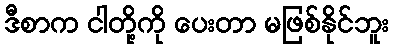
ဒီစာက ငါတို့ကို ပေးတာ မဖြစ်နိုင်ဘူး